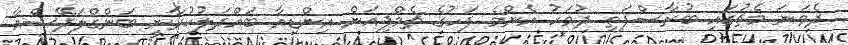
ދެވަނަ މެޗުގައި ބުރާސްފަތި ދުވަހު އެންމެ ފަހުގެ ޗެމްޕިއަން އިންޑިއާ ބައްދަލުކުރާނީ ބަންގްލަދޭޝްއާ